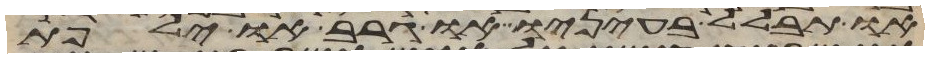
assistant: או תבלל בעיניו או גרב או ילפת